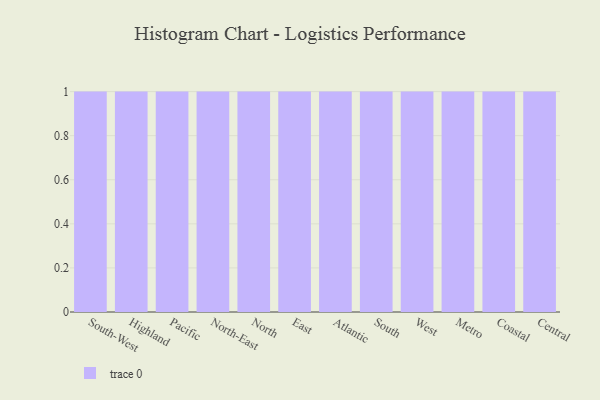
{"axis": {"x": "Region", "y": "Tickets Resolved"}, "legend": [""], "data": [{"x": "South-West", "y": 31, "type": ""}, {"x": "Highland", "y": 64, "type": ""}, {"x": "Pacific", "y": 89, "type": ""}, {"x": "North-East", "y": 56, "type": ""}, {"x": "North", "y": 64, "type": ""}, {"x": "East", "y": 84, "type": ""}, {"x": "Atlantic", "y": 79, "type": ""}, {"x": "South", "y": 84, "type": ""}, {"x": "West", "y": 5, "type": ""}, {"x": "Metro", "y": 71, "type": ""}, {"x": "Coastal", "y": 71, "type": ""}, {"x": "Central", "y": 47, "type": ""}]}